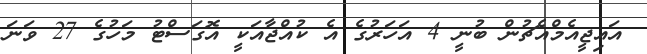
އައިޖީއެމްއެޗުން ބުނީ 4 އަހަރުގެ އެ ކުއްޖާއަކީ އޮގަސްޓު މަހުގެ 27 ވަނަ